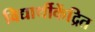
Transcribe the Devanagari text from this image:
विद्यार्थीकेंद्रित